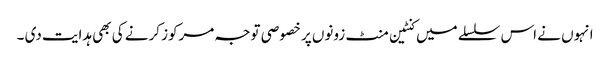
انہوں نے اس سلسلے میں کنٹین منٹ زونوں پر خصوصی توجہ مرکوز کرنے کی بھی ہدایت دی ۔